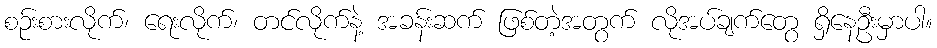
စဉ်းစားလိုက်၊ ရေးလိုက်၊ တင်လိုက်နဲ့ အခန်းဆက် ဖြစ်တဲ့အတွက် လိုအပ်ချက်တွေ ရှိနေဦးမှာပါ။